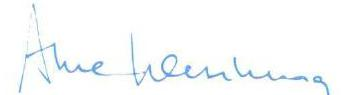
Arne Wessberg